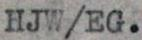
HJW/EG.